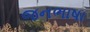
જનભાષા